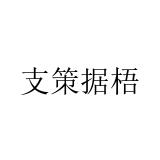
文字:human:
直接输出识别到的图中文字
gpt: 支策据梧